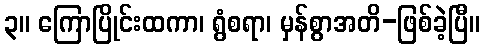
၃။ ကြောပြိုင်းထကာ၊ ရွံစရာ၊ မှန်စွာအတိ-ဖြစ်ခဲ့ပြီ။